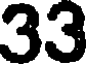
33